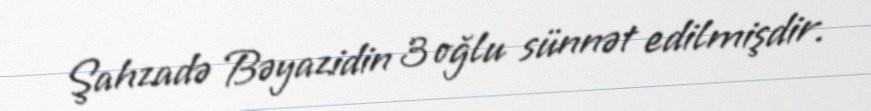
Şahzadə Bəyazidin 3 oğlu sünnət edilmişdir.